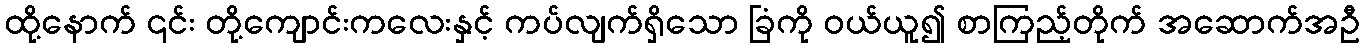
ထို့နောက် ၎င်း တို့ကျောင်းကလေးနှင့် ကပ်လျက်ရှိသော ခြံကို ဝယ်ယူ၍ စာကြည့်တိုက် အဆောက်အဦ